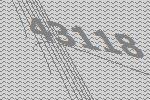
43118